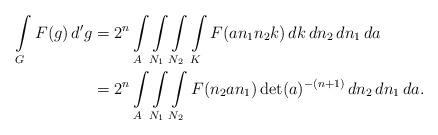
LaTeX: \begin{align*} \int\limits_GF(g)\,d'g&=2^n\int\limits_A\int\limits_{N_1}\int\limits_{N_2}\int\limits_KF(an_1n_2k)\,dk\,dn_2\,dn_1\,da\\ &=2^n\int\limits_A\int\limits_{N_1}\int\limits_{N_2}F(n_2an_1)\det(a)^{-(n+1)}\,dn_2\,dn_1\,da.\end{align*}